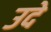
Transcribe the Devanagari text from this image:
उदे